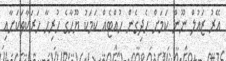
އޭރު ޒައުލް ނޫން ކަމަށް ހެދިގެން ހުއްޓެއް ކަމަކު ޔޫހާގެ ހުރިހާ ހަރަކާތަކަށާއި